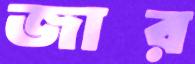
জার